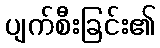
ပျက်စီးခြင်း၏